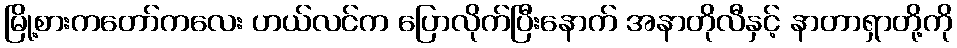
မြို့စားကတော်ကလေး ဟယ်လင်က ပြောလိုက်ပြီးနောက် အနာတိုလီနှင့် နာတာရှာတို့ကို